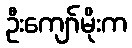
ဦးကျော်မိုးက